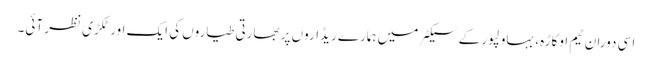
اسی دوران ٹیم اوکاڑہ، بہاولپور کے سیکٹر میں ہمارے ریڈاروں پر بھارتی طیاروں کی ایک اور ٹکڑی نظر آئی۔